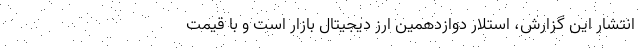
انتشار این گزارش، استلار دوازدهمین ارز دیجیتال بازار است و با قیمت